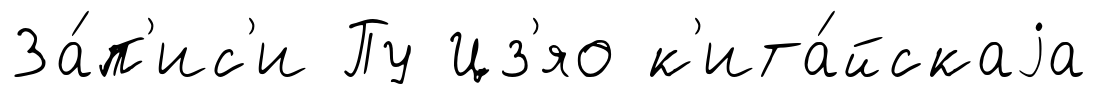
За́п'ис'и Пу Цз'яо к'ита́йскаjа